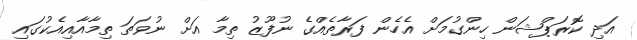
އަދި ކޮރަޕްޝަން ހިންގުމަށް އެހެން ފަރާތެއްގެ ނުފޫޒު ތިމާ އަށް ނުވަތަ ތިމާއާއިއެކުގައި